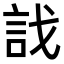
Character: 𧥾